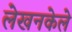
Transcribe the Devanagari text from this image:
लेखनकेले